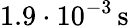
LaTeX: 1.9\cdot 10^{-3}\, \mathrm{s}